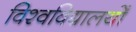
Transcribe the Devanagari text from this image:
विश्वविद्यालयोँ